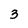
Character: 3